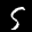
Label: 5